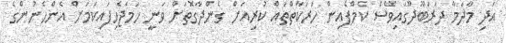
އަދި މާދަމާ ދަރަބޫދޫގައިވެސް ކެމްޕެއިން ހަރަކާތްތައް ކުރިއަށް ގެންދާގޮތަށް ވަނީ ހަމަޖެހިފައިކަމަށް އެންހެނުންގެ